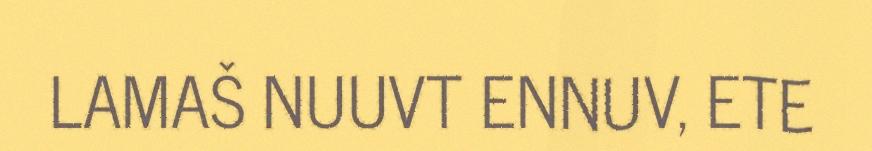
LAMAŠ NUUVT ENNUV, ETE